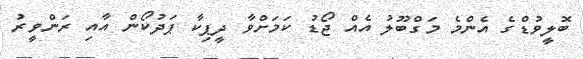
ބޮލީވުޑްގެ އެންމެ މަގްބޫލު އެއް ޖޯޑު ކަމަށްވާ ދީޕިކާ ޕަދުކޯން އާއި ރަންވީރު